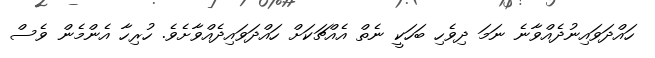
ހައްދަވައިނުދެއްވާނެ ނަމަ ދިވެހި ބަހަކީ ނެތް އެއްޗަކަށް ހައްދަވައިދެއްވާށެވެ. ހުރިހާ އެންމެން ވެސް